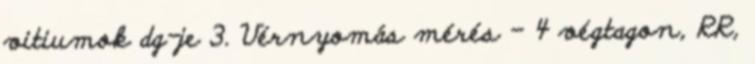
vitiumok dg-je 3. Vérnyomás mérés – 4 végtagon, RR,